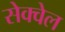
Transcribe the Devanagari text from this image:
सेक्वेल